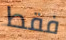
فقط